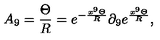
A _ { 9 } = \frac { \Theta } { R } = e ^ { - \frac { x ^ { 9 } \Theta } { R } } \partial _ { 9 } e ^ { \frac { x ^ { 9 } \Theta } { R } } ,